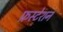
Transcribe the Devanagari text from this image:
फ्रस्टेशन